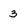
Character: 3